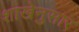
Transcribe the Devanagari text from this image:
शाखेनुसार